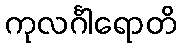
ကုလင်္ဂါရောတိ